Board of Education Examinations in Art and in Science and Technology, and Examinations of the City and Guilds of London Institute, 1921, 1921
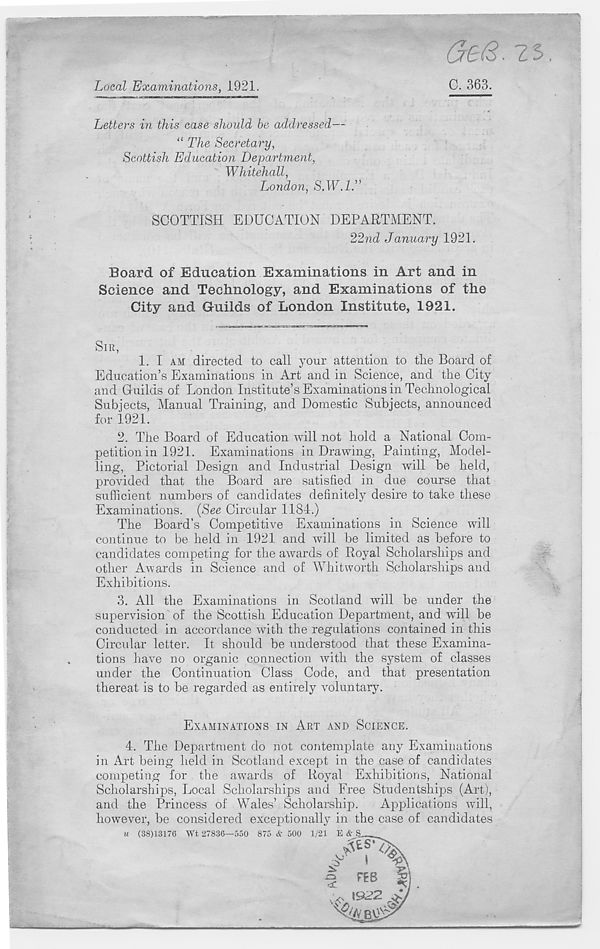
Local Examinations, 1921.
f
Letters in this case should be addressed—
“ The Secretary,
Scottish Education Department,
Whitehall,
London, S.W.1T
2S
C. 363.
SCOTTISH EDUCATION DEPARTMENT.
22nd January 1921.
Board of Education Examinations in Art and in
Science and Technology, and Examinations of the
City and Guilds of London Institute, 1921.
SIR,
1.
I AM directed to call y
Education’s Examinations in Art and in Science, and the City
and Guilds of London Institute’s Examinations in Technological
Subjects, Manual Training, and Domestic Subjects, announced
for 1921.
2. The Board of Education will not hold a National Com-
petition in 1921. Examinations in Drawing, Painting, Model-
ling, Pictorial Design and Industrial Design will be held,
provided that the Board are satisfied in due course that
sufficient numbers of candidates definitely desire to take these
Examinations. {See Circular 1184.)
The Board’s Competitive Examinations in Science will
continue to be held in 1921 and Avill be limited as before to
candidates competing for the awards of Royal Scholarships and
other Awards in Science and of Whitworth Scholarships and
Exhibitions.
3. All the Examinations in Scotland will be under the
supervision of the Scottish Education Department, and will be
conducted in accordance with the regulations contained in this
Circular letter. It should be understood that these Examina-
tions have no organic connection with the system of classes
under the Continuation Class Code, and that presentation
thereat is to be regarded as entirely voluntary.
EXAMINATIONS IN ART AND SCIENCE.
4.
The Department do not conte
in Art being held in Scotland except in the case of candidates
competing for the awards of Royal Exhibitions, National
Scholarships, Local Scholarships and Free Studentships (Art),
and the Princess of Wales’ Scholarship.
Applications will,
however, be considered exceptionally in the case of candidates